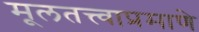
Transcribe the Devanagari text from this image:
मूलतत्त्वाप्रमाणे